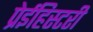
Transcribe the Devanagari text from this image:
प्रेईहिस्टरी